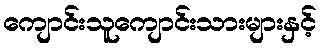
ကျောင်းသူကျောင်းသားများနှင့်